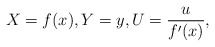
\begin{align*}X=f(x),Y=y,U=\frac{u}{f^\prime(x)},\end{align*}